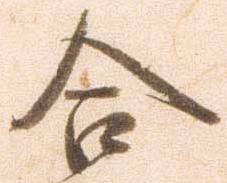
合